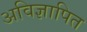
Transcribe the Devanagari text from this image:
अविज्ञापित